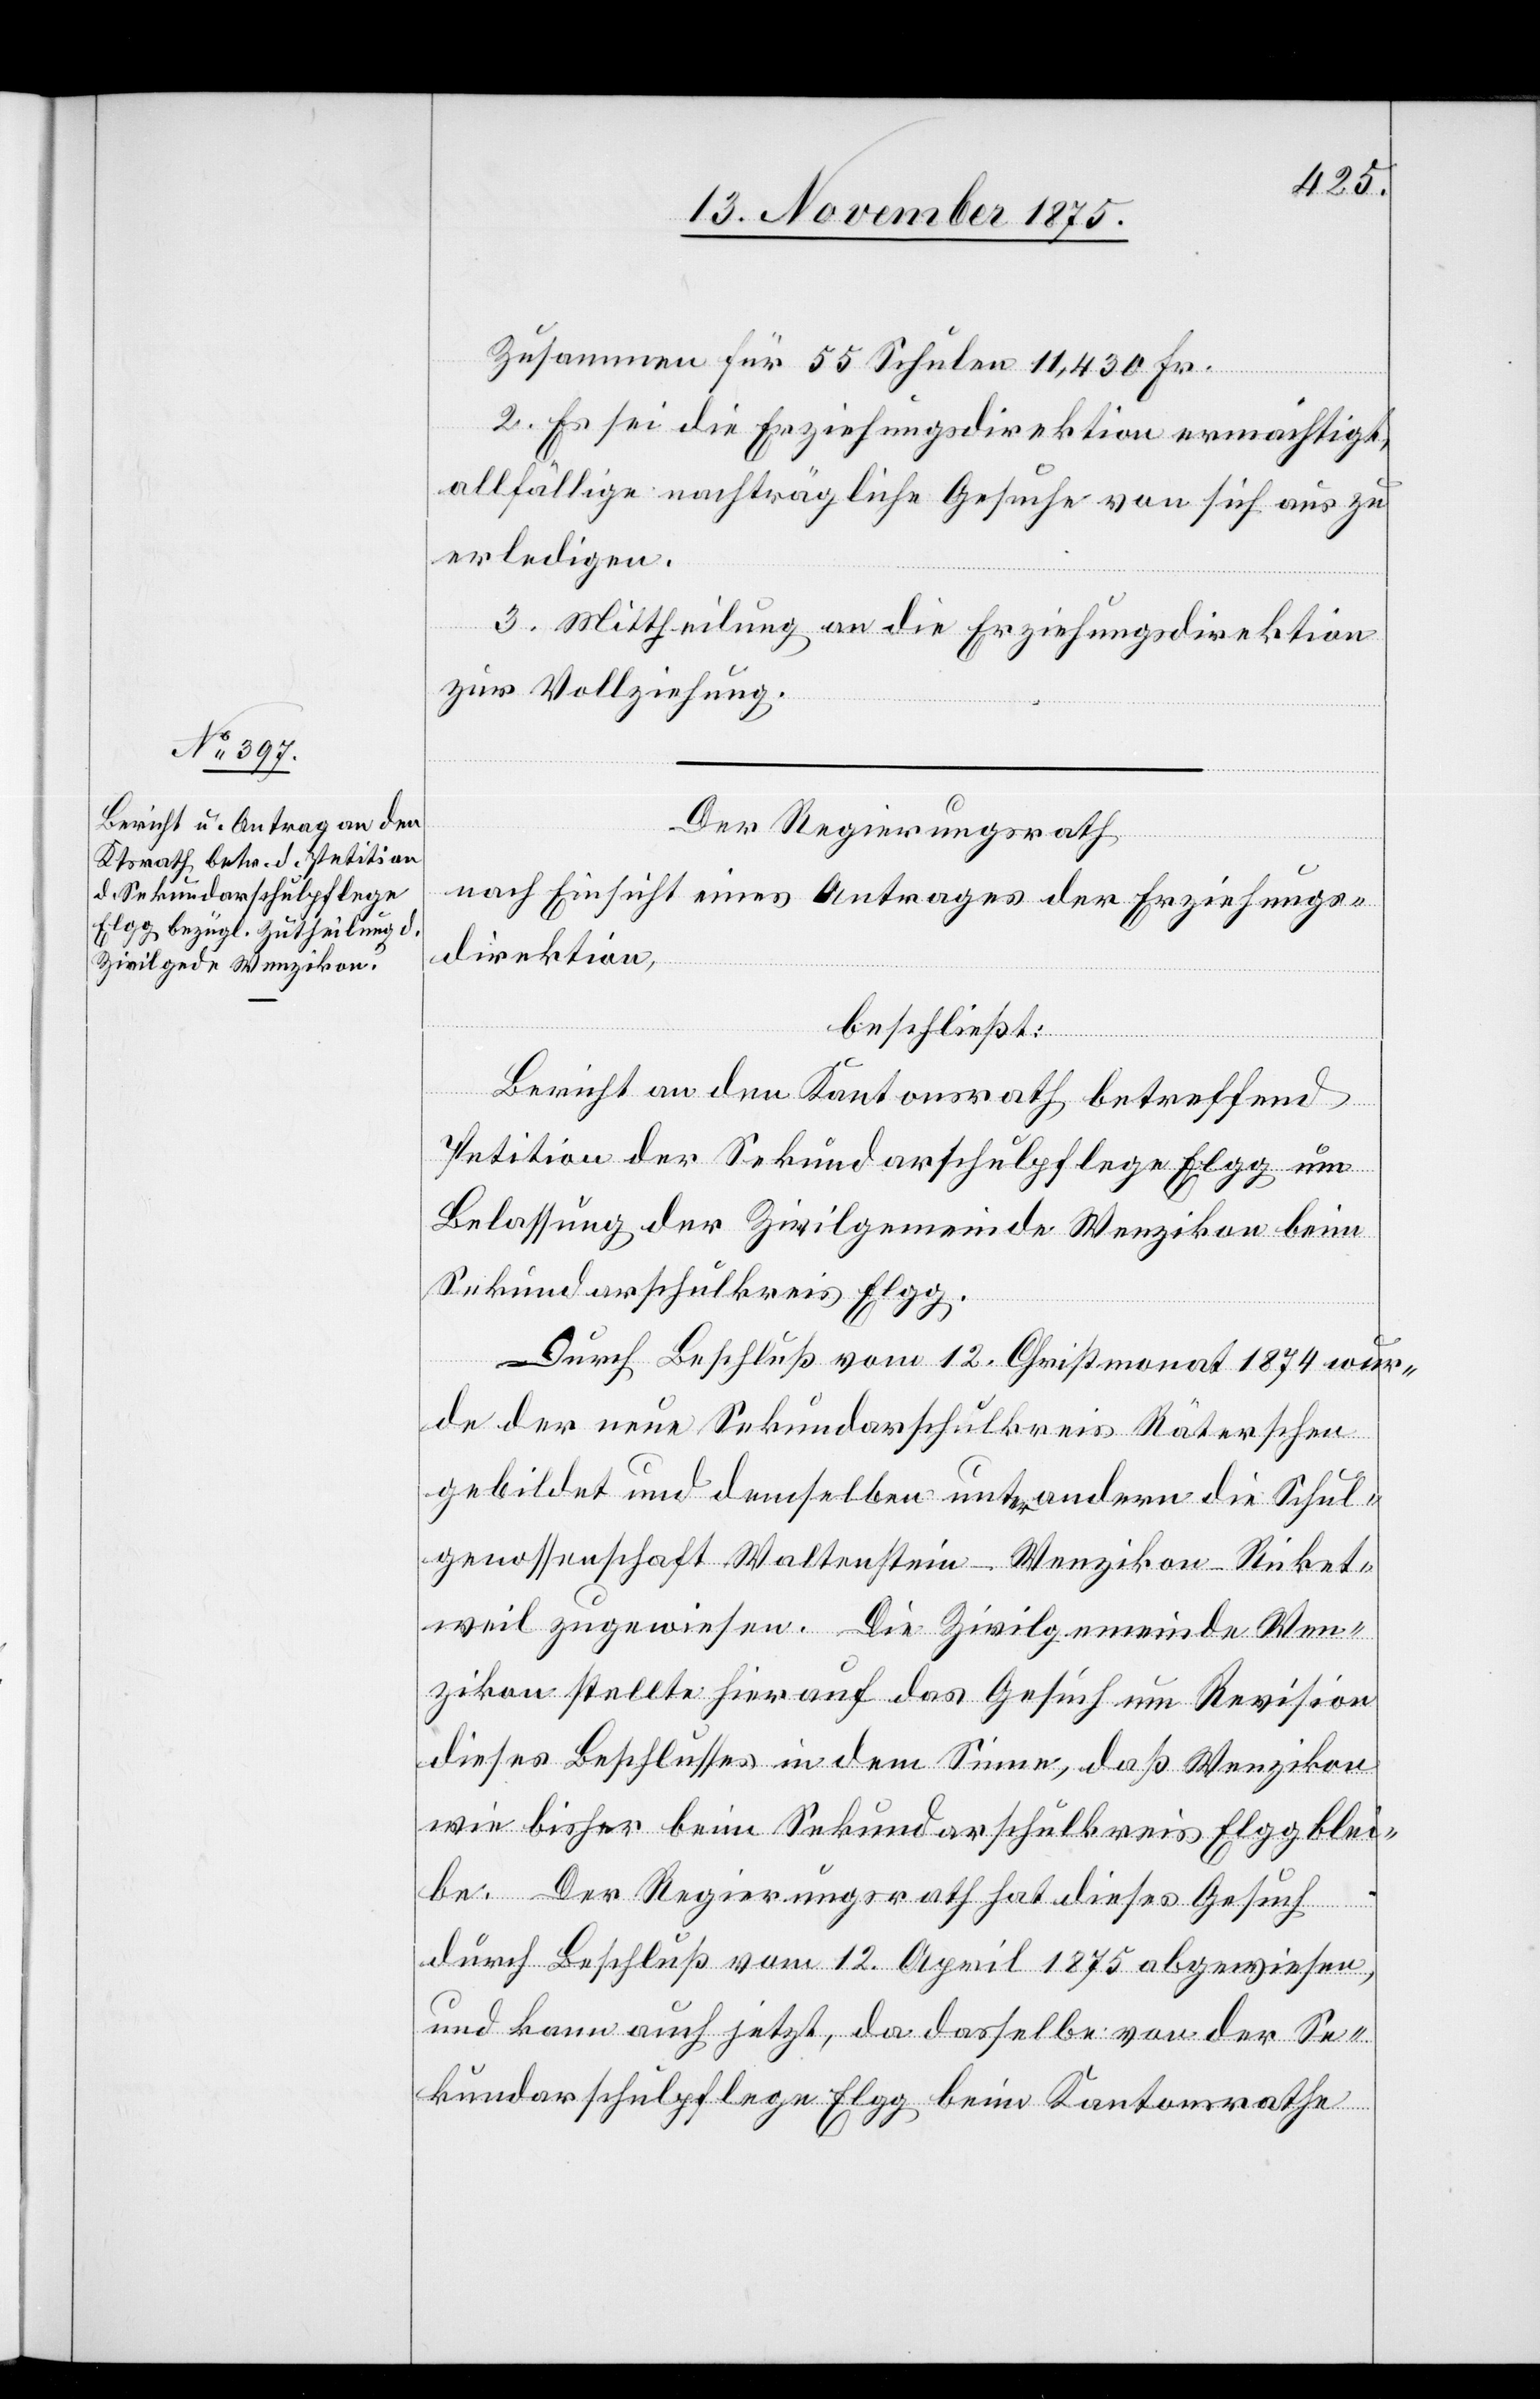
Zusammen für 55 Schulen 11,430 Fr.
2. Es sei die Erziehungsdirektion ermächtigt,
allfällige nachträgliche Gesuche von sich aus zu
erledigen.
3. Mittheilung an die Erziehungsdirektion
zur Vollziehung.
Der Regierungsrath
nach Einsicht eines Antrages der Erziehungs¬
direktion,
beschließt:
Bericht an den Kantonsrath betreffend
Petition der Sekundarschulpflege Elgg um
Belassung der Zivilgemeinde Wenzikon beim
Sekundarschulkreis Elgg.
Durch Beschluß vom 12. Christmonat 1874 wur¬
de der neue Sekundarschulkreis Räterschen
gebildet und demselben unter andern die Schul¬
genossenschaft Waltenstein-Wenzikon-Ricket¬
weil zugewiesen. Die Zivilgemeinde Wen¬
zikon stellte hierauf das Gesuch um Revision
dieses Beschlusses in dem Sinne, daß Wenzikon
wie bisher beim Sekundarschulkreis Elgg blei¬
be. Der Regierungsrath hat dieses Gesuch
durch Beschluß vom 12. April 1875 abgewiesen,
und kann auch jetzt, da dasselbe von der Se¬
kundarschulpflege Elgg beim Kantonsrathe